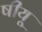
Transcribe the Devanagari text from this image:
षीयू